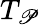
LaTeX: T_{\mathscr{P}}